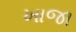
ખાજા